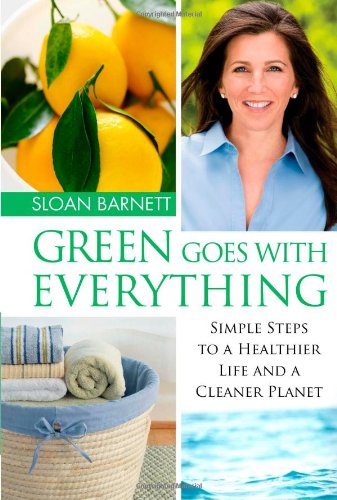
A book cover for Green Goes with Everything: Simple Steps to a Healthier Life and a Cleaner Planet; Sloan Barnett; Crafts, Hobbies & Home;